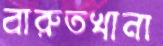
বারুতখানা